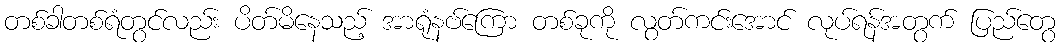
တစ်ခါတစ်ရံတွင်လည်း ပိတ်မိနေသည့် အာရုံနဗ်ကြော တစ်ခုကို လွတ်ကင်းအောင် လုပ်ရန်အတွက် ပြည်တွေ